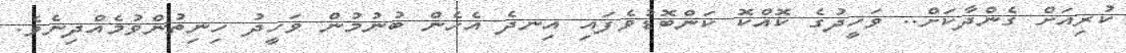
ކުރިއަށް ގެންދާކަށް.. ވަހީދުގެ ކޮއްކޮ ކަންބޮޑުވެފައި އިނދެ އެހެން ބުނުމުން ވަހީދު ހިނިތުންވުމެއްދިނެވެ.